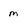
Character: m